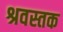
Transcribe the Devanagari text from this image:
श्रवस्तक